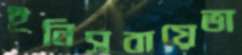
ইনিসবায়েভা